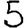
Digit: 5